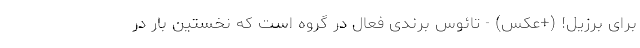
برای برزیل! (+عکس) - تائوس برندی فعال در گروه است که نخستین بار در